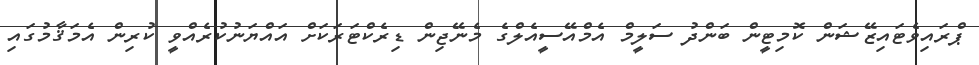
ޕްރައިވެޓައިޒޭޝަން ކޮމިޓީން ބަންދު ސަލީމް އެމްއޭސީއެލްގެ މެނޭޖިން ޑިރެކްޓަރަކަށް އައްޔަނުކުރެއްވީ ކުރިން އެމަޤާމުގައި